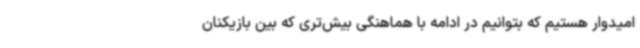
امیدوار هستیم که بتوانیم در ادامه با هماهنگی بیش‌تری که بین بازیکنان